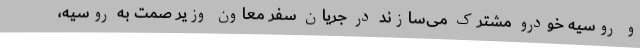
و روسیه خودرو مشترک می‌سازند در جریان سفر معاون وزیر صمت به روسیه،